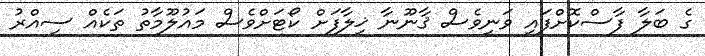
ގެ ބަލާ ފާސްކޮށްފައި ވަނީވެސް ޤާނޫނާ ޚިލާފަށް ކޯޓަށްވެސް މައުލޫމާތު ތަކެއް ސިއްރު